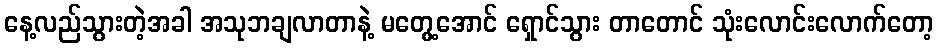
နေ့လည်သွားတဲ့အခါ အသုဘချလာတာနဲ့ မတွေ့အောင် ရှောင်သွား တာတောင် သုံးလောင်းလောက်တော့